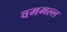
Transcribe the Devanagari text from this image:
वममल्ल